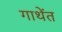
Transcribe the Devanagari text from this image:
गाथेंत